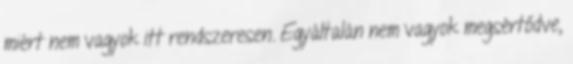
miért nem vagyok itt rendszeresen. Egyáltalán nem vagyok megsértődve,